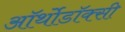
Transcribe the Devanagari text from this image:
ऑर्थोडॉक्सी